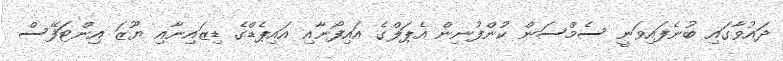
ދައުވާގައި ބުނެފައިވަނީ ސެމްސަން ކުންފުނިން އެޕަލްގެ އައިފޯނާއި އައިޕެޑްގެ ޑިޒައިނާއި ޔޫޒަ އިންޓަފޭސް